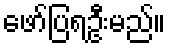
ဖော်ပြရဦးမည်။